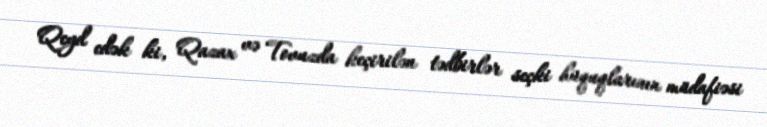
Qeyd edək ki, Qazax və Tovuzda keçirilən tədbirlər seçki hüquqlarının müdafiəsi